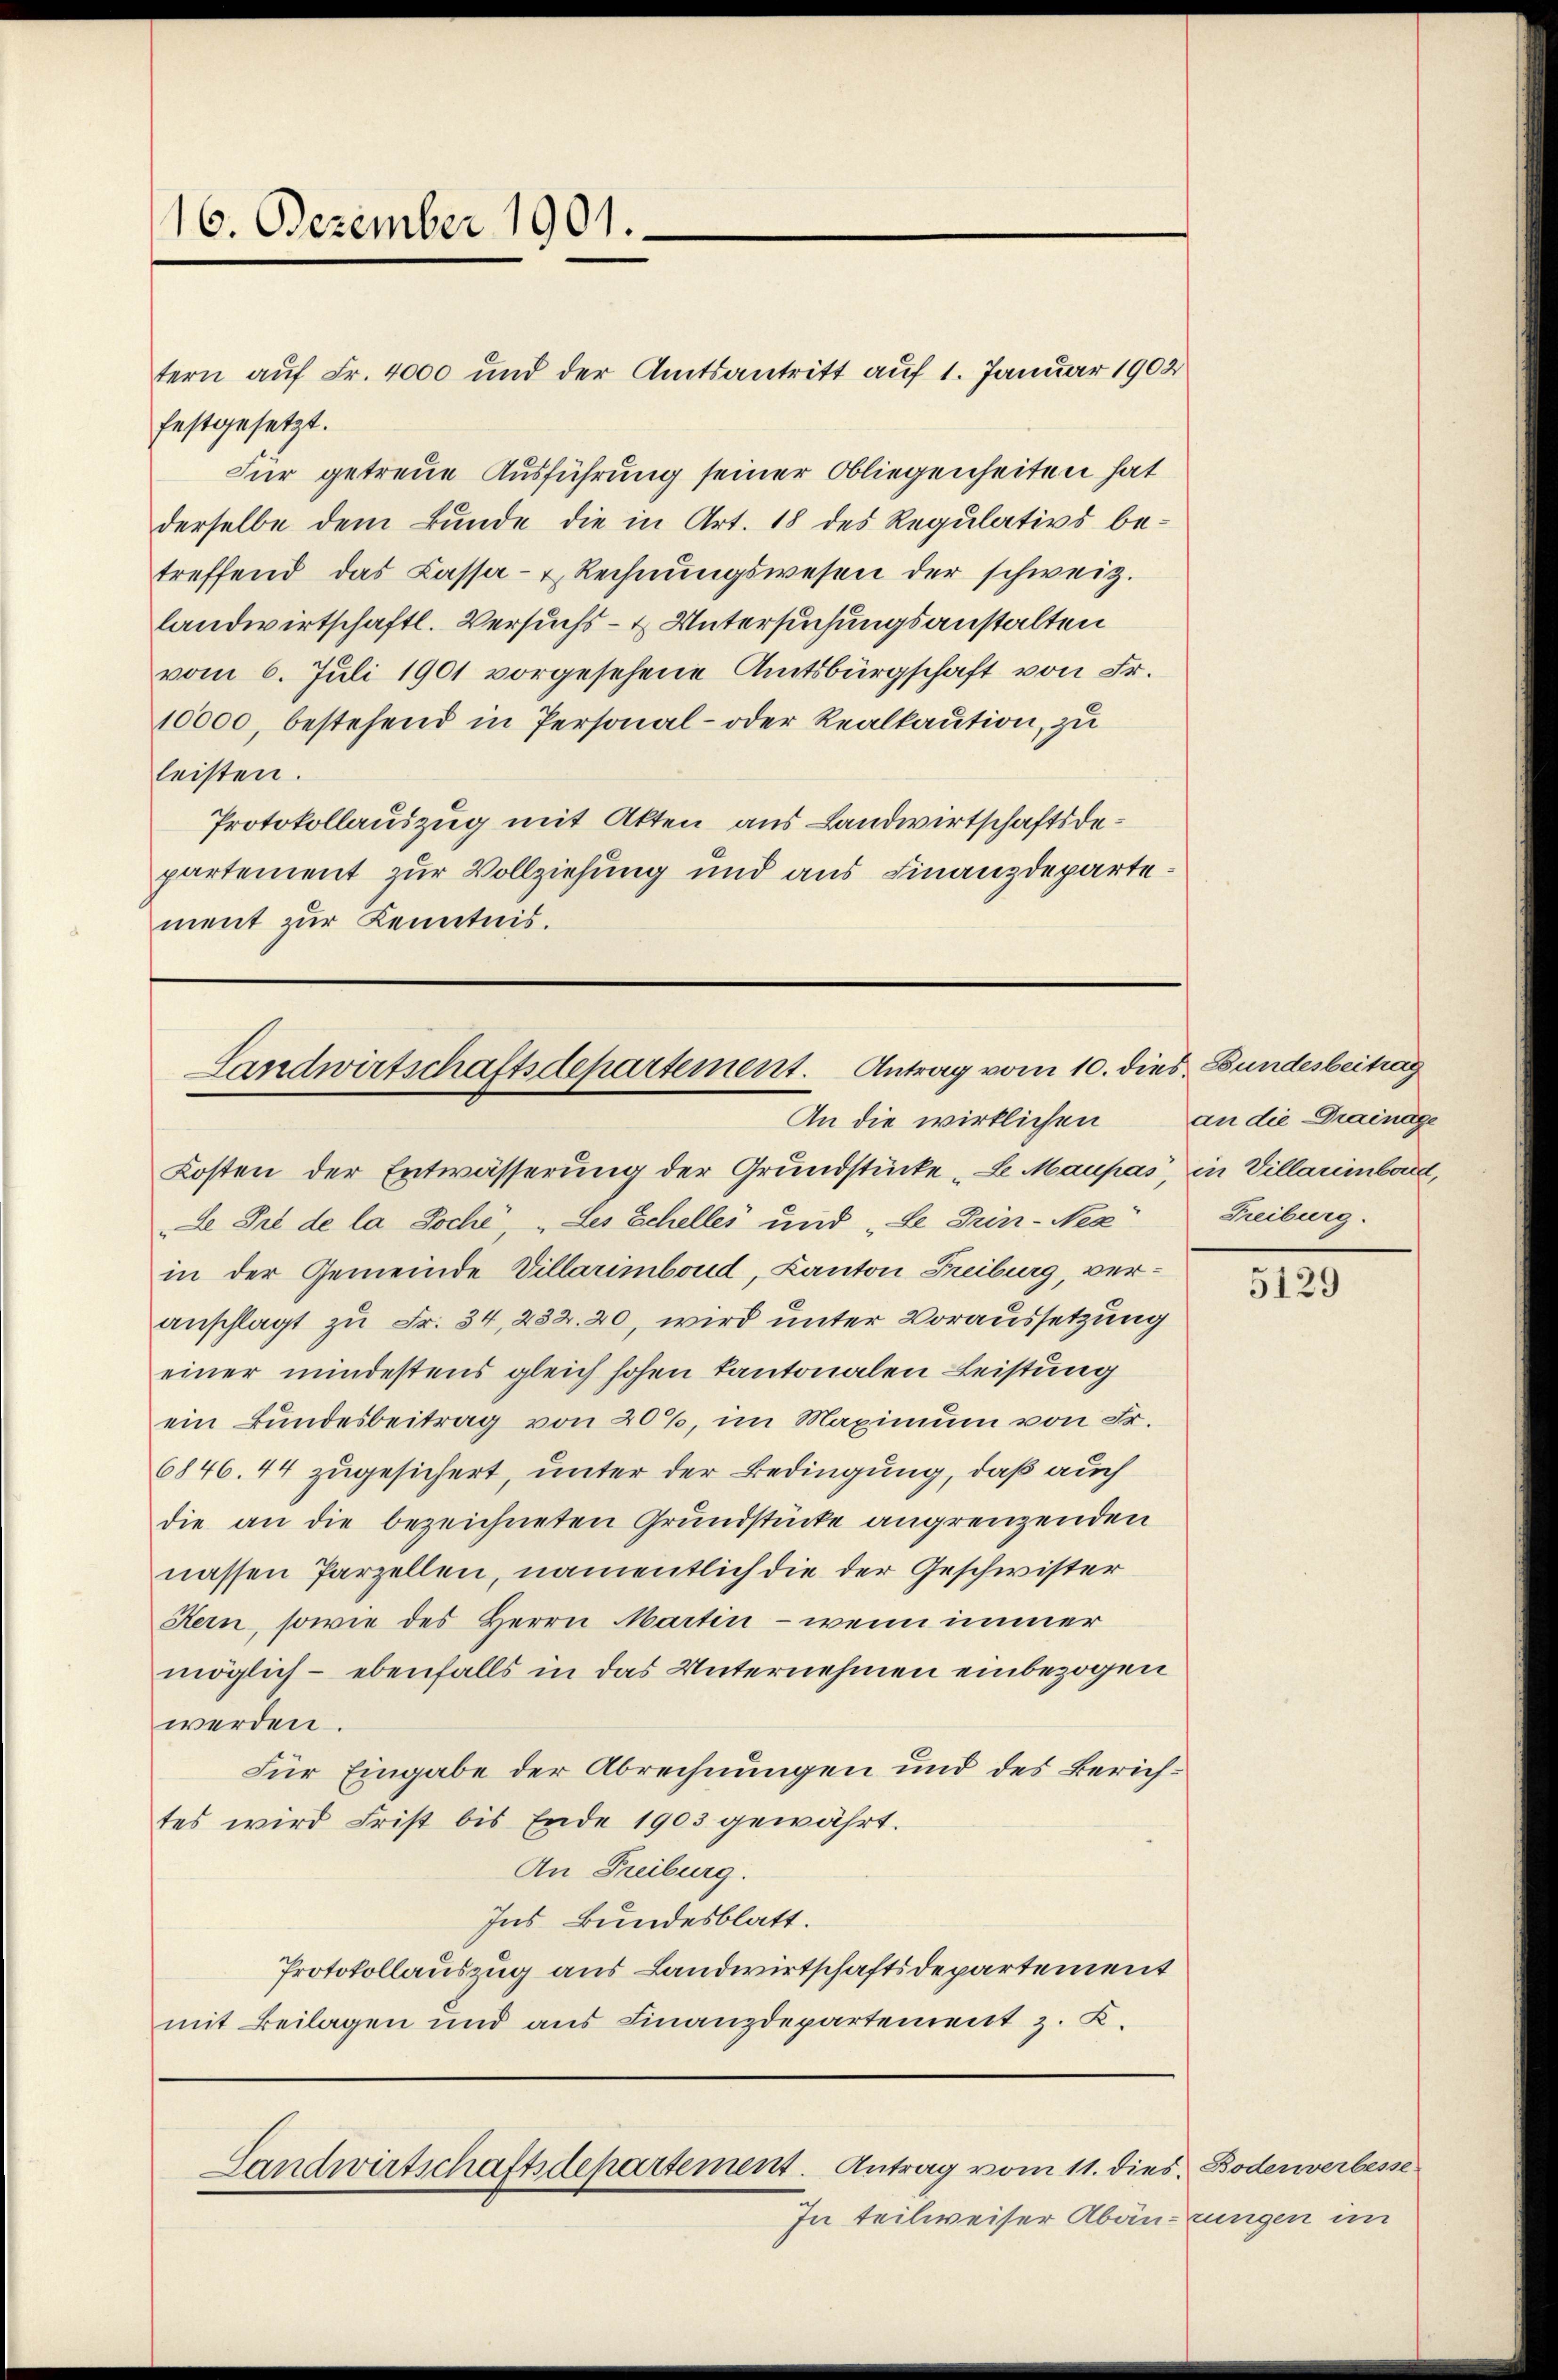
16. Dezember 1901.

tern auf Fr. 4000 und der Amtsantritt auf 1. Januar 1902
festgesetzt.
Für getreue Ausführung seiner Obliegenheiten hat
derselbe dem Bunde die in Art. 18 des Regulativs betreffend das Cassa- u Rechnŭngswesen der schweiz.
landwirtschaftl. Versuchs- & Untersuchungsanstalten
vom 6. Juli 1901 vorgesehene Amtsbürgschaft von Fr.
10000, bestehend in Personal- oder Realkaution, zu
leisten.
Protokollauszug mit Akten aus Landwirtschaftsdepartement zur Vollziehung und aus Finanzdepartement zur Kenntnis.

Landwirtschaftsdepartement. Antrag vom 10. dies Bundesbeitrag
An die wirklichen an die Drainage

Kosten der Entwässerung der Grundstücke „Le Maupas, in Villarinbord,
de Sie de la Tocht, „des Schelles und „Le Trin-Nez
in der Gemeinde Villarimboud, Kanton Freiburg, veranschlagt zu Fr. 34, 232. 20, wird unter Voraussetzung
einer mindestens gleich hohen kantonalen Leistung
ein Bundesbeitrag von 20%, im Maximum von Fr.
6846. 44 zugesichert, unter der Bedingung, daß auch
die an die bezeichneten Grundstücke angrenzenden
nassen Parzellen, namentlich die der Geschwister
Kern, sowie des Herrn Martin - wenn immer
möglich - ebenfalls in das Unternehmen einbezogen
werden.
Für Eingabe der Abrechnungen und des Zürichtes wird Frist bis Ende 1903 gewährt.
An Freiburg.
Ins Bundesblatt.
Protokollauszug aus Landwirtschaftsdepartement
mit Beilagen und aus Finanzdepartement z. B.

Landwirtschaftsdepartement. Antrag vom 11. dies Bodenverbesse

In teilweiser Abänzungen im

Freiburg.

5129